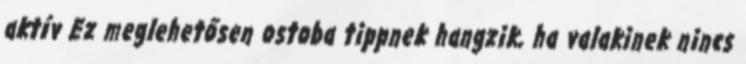
aktív Ez meglehetősen ostoba tippnek hangzik, ha valakinek nincs